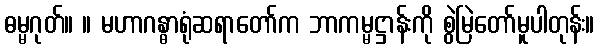
ဓမ္မဂုတ်။ ။ မဟာဂန္ဓာရုံဆရာတော်က ဘာကမ္မဋ္ဌာန်းကို စွဲမြဲတော်မူပါတုန်း။